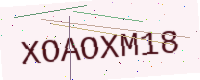
Text: XOAOXM18